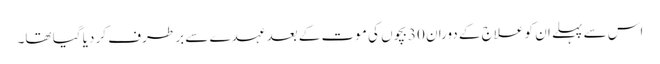
اس سے پہلے ان کو علاج کے دوران 30بچوں کی موت کے بعد عہدے سے بر طرف کر دیا گیا تھا۔